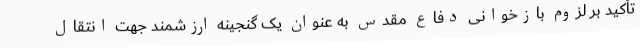
تأکید بر لزوم بازخوانی دفاع مقدس به عنوان یک گنجینه ارزشمند جهت انتقال